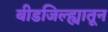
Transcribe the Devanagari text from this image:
बीडजिल्ह्यातून